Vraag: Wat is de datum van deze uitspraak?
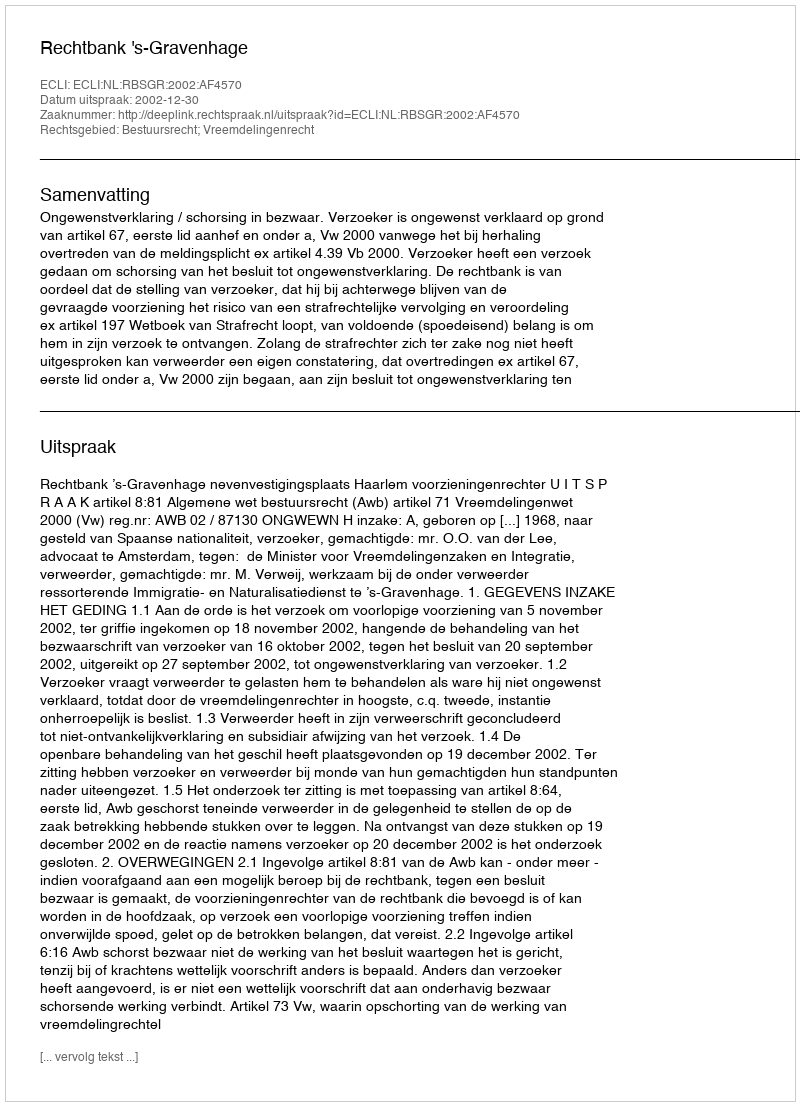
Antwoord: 2002-12-30